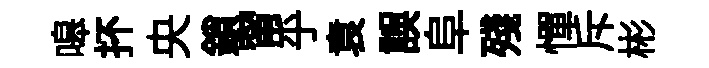
嗥抔央鎖甯乎袁誤阜殘憚斥彬